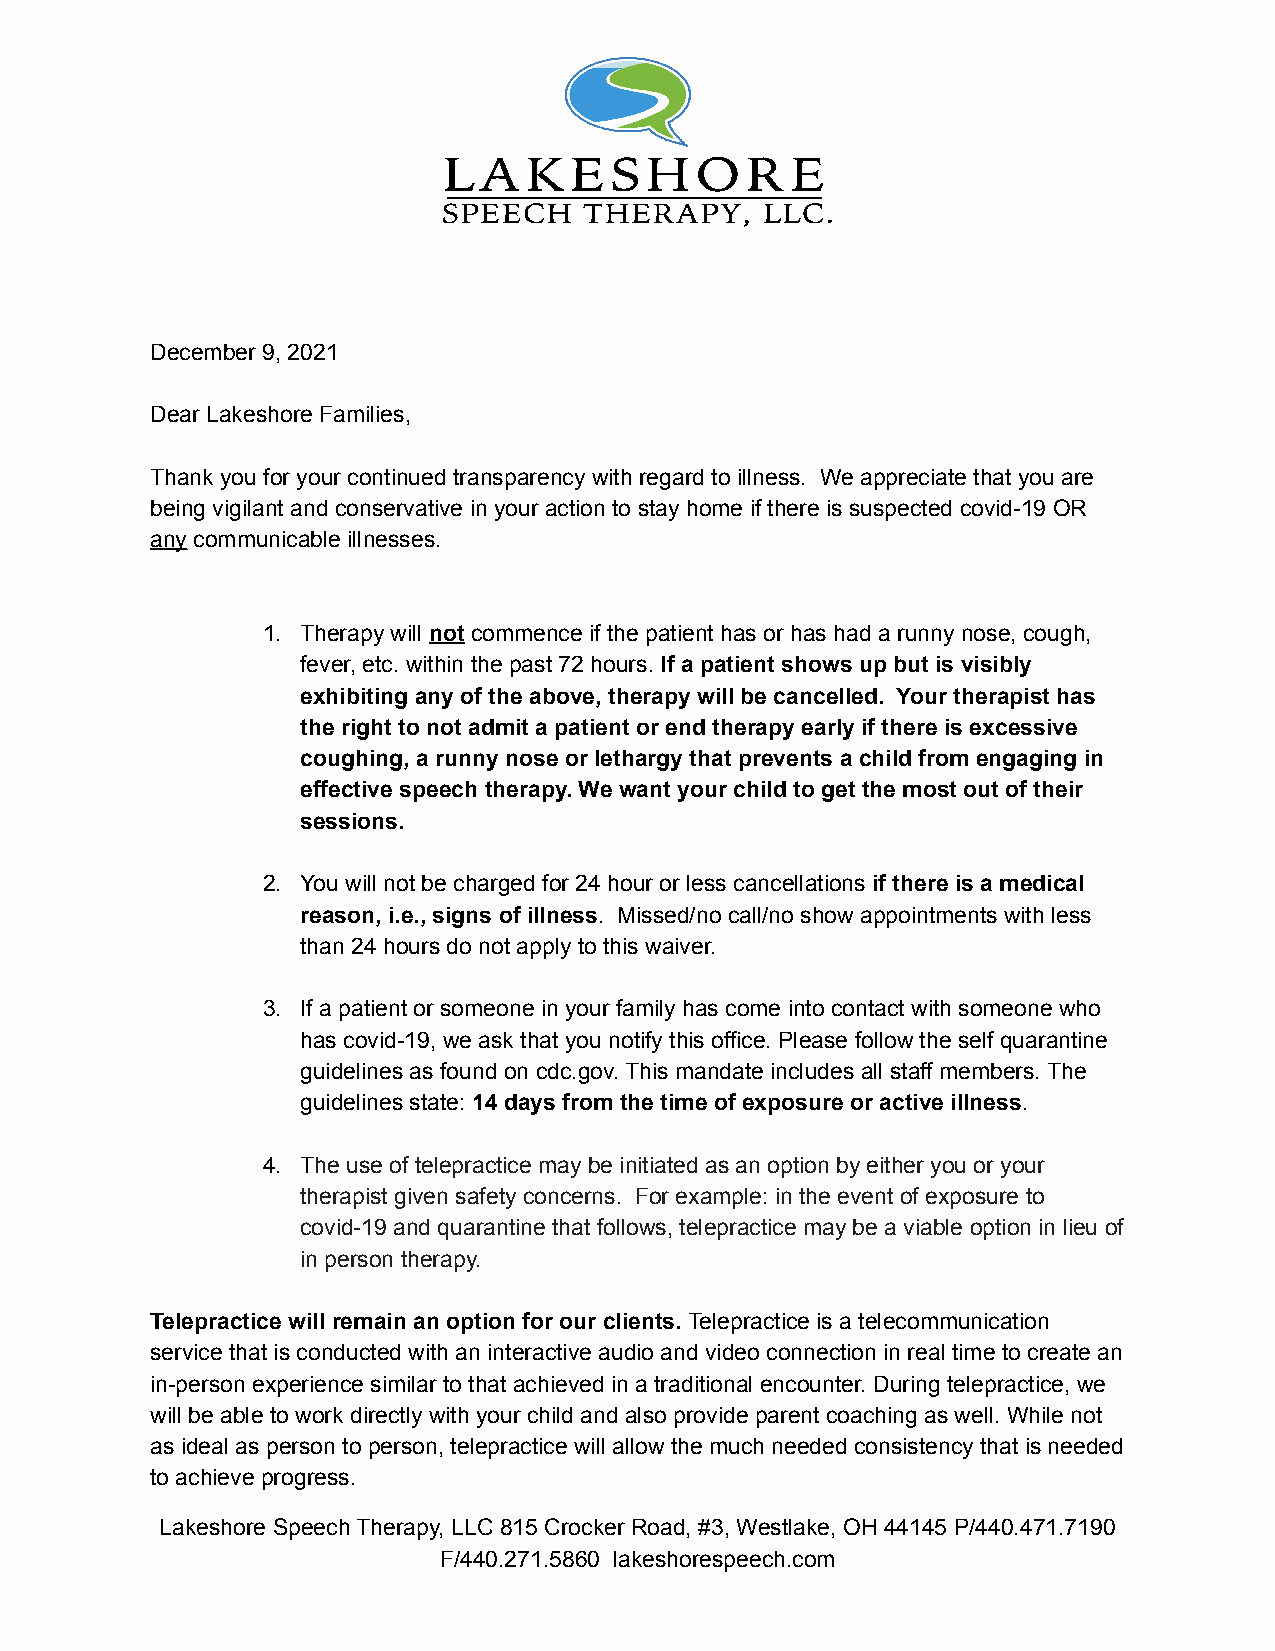
December 9, 2021
 Dear Lakeshore Families,
 Thank you for your continued transparency with regard to illness. We appreciate that you are
 being vigilant and conservative in your action to stay home if there is suspected covid-19 OR
 any communicable illnesses.
 1. Therapy will not commence if the patient has or has had a runny nose, cough,
 fever, etc. within the past 72 hours. If a patient shows up but is visibly
 exhibiting any of the above, therapy will be cancelled. Your therapist has
 the right to not admit a patient or end therapy early if there is excessive
 coughing, a runny nose or lethargy that prevents a child from engaging in
 effective speech therapy. We want your child to get the most out of their
 sessions.
 2. You will not be charged for 24 hour or less cancellations if there is a medical
 reason, i.e., signs of illness. Missed/no call/no show appointments with less
 than 24 hours do not apply to this waiver.
 3. If a patient or someone in your family has come into contact with someone who
 has covid-19, we ask that you notify this office. Please follow the self quarantine
 guidelines as found on cdc.gov. This mandate includes all staff members. The
 guidelines state: 14 days from the time of exposure or active illness.
 4. The use of telepractice may be initiated as an option by either you or your
 therapist given safety concerns. For example: in the event of exposure to
 covid-19 and quarantine that follows, telepractice may be a viable option in lieu of
 in person therapy.
 Telepractice will remain an option for our clients. Telepractice is a telecommunication
 service that is conducted with an interactive audio and video connection in real time to create an
 in-person experience similar to that achieved in a traditional encounter. During telepractice, we
 will be able to work directly with your child and also provide parent coaching as well. While not
 as ideal as person to person, telepractice will allow the much needed consistency that is needed
 to achieve progress.
 Lakeshore Speech Therapy, LLC 815 Crocker Road, #3, Westlake, OH 44145 P/440.471.7190
 F/440.271.5860 lakeshorespeech.com